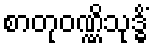
စာတုဝဏ္ဏိသုဒ္ဓိံ